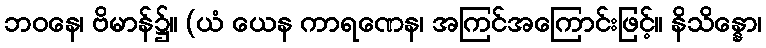
ဘဝနေ၊ ဗိမာန်၌။ (ယံ ယေန ကာရဏေန၊ အကြင်အကြောင်းဖြင့်။ နိသိန္နော၊